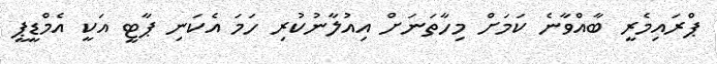
ޕްރައިމެރީ ބާއްވާނެ ކަމަށް މިހާތަނަށް އިއުލާނުކުރި ހަމަ އެކަނި ޕާޓީ އަކީ އެމްޑީޕީ